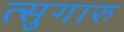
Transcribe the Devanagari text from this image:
त्सुगारु